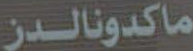
ماكدونالدز